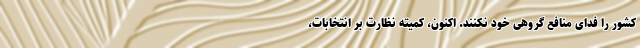
کشور را فدای منافع گروهی خود نکنند. اکنون، کمیته نظارت بر انتخابات،